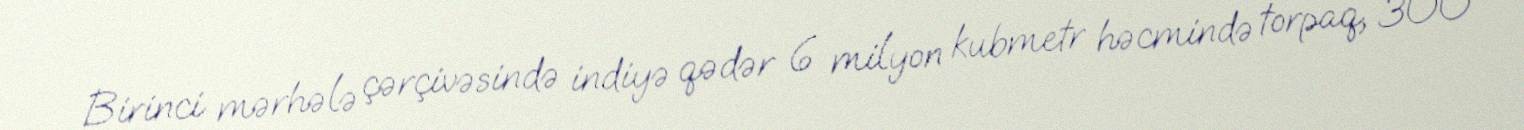
Birinci mərhələ çərçivəsində indiyə qədər 6 milyon kubmetr həcmində torpaq, 300